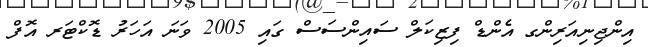
އިންޖިނިއަރިންގ އެންޑް ފިޒިކަލް ސައިންސަސް ގައި 2005 ވަނަ އަހަރު ޑޮކްޓަރ އޮފް